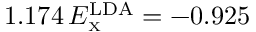
1 . 1 7 4 \, E _ { \scriptscriptstyle \mathrm { X } } ^ { \mathrm { L D A } } = - 0 . 9 2 5